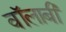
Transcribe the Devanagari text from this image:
वॉलाबी